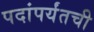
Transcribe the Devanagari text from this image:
पदांपर्यंतची